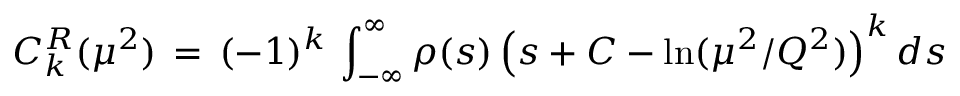
C _ { k } ^ { R } ( \mu ^ { 2 } ) \, = \, ( - 1 ) ^ { k } \, \int _ { - \infty } ^ { \infty } \rho ( s ) \left( s + { \cal C } - \ln ( \mu ^ { 2 } / Q ^ { 2 } ) \right) ^ { k } d s